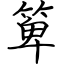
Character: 箄